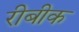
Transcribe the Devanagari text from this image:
रीबीक